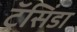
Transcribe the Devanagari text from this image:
ट्रॅसिंडा